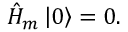
\hat { H } _ { m } \left| 0 \right> = 0 .